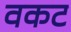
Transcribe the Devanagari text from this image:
वकट